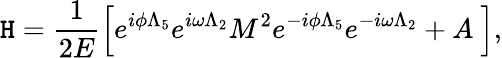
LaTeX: \mathtt{H}=\frac{1}{{2E}}\left[e^{i\phi\Lambda_{5}}e^{i\omega\Lambda_{2}}M^{2}e^{-i\phi\Lambda_{5}}e^{-i\omega\Lambda_{2}}+A\ \right],